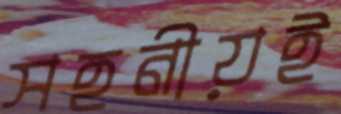
সহনীয়ই